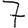
Digit: 7